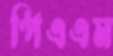
পিএএম